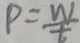
P = \frac { w } { t }